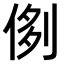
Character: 𠝓